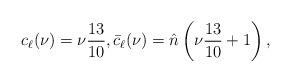
LaTeX: \begin{align*}c_\ell(\nu) = \nu \frac{13}{10}, \bar{c}_\ell(\nu) = \hat{n} \left( \nu \frac{13}{10} + 1\right),\end{align*}